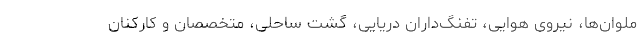
ملوان‌ها، نیروی هوایی، تفنگ‌داران دریایی، گشت ساحلی، متخصصان و کارکنان